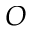
O